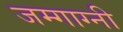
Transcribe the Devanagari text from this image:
जम्गाग्नी